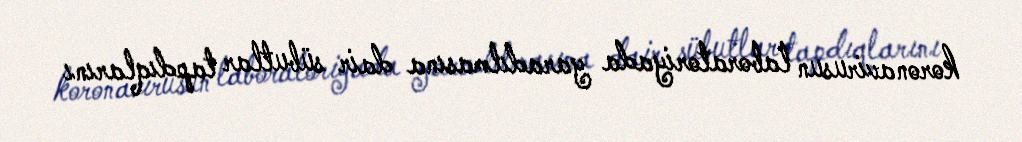
koronavirusun laboratoriyada yaradılmasına dair sübutlar tapdıqlarını